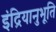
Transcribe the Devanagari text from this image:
इंद्रियानुभूति